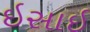
ઇસાઇ